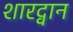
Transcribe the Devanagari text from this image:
शारद्वान